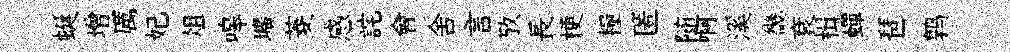
蜒增厲妃俎嗥壙菱感詫會舍言攷長梗糧匿随啊溪畿袞楫蟬琶鹑